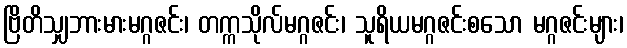
ဗြိတိသျှဘားမားမဂ္ဂဇင်း၊ တက္ကသိုလ်မဂ္ဂဇင်း၊ သူရိယမဂ္ဂဇင်းစသော မဂ္ဂဇင်းများ၊